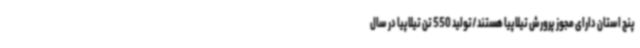
پنج استان دارای مجوز پرورش تیلاپیا هستند/تولید 550 تن تیلاپیا در سال